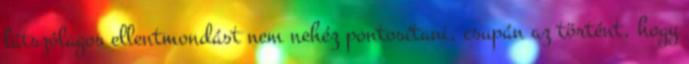
látszólagos ellentmondást nem nehéz pontosítani, csupán az történt, hogy